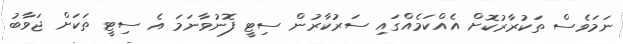
ނަމަވެސް ތަކުރާރުކޮށް އެއްކަމެއްގައި ސަރުކާރުން ސިޓީ ފޮނުވާނަމަ އެ ސިޓީ ތަކަށް ޖަވާބު